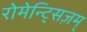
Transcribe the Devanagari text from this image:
रोमेन्ट्सिज़म्